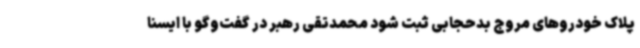
پلاک خودروهای مروج بدحجابی ثبت شود محمدتقی رهبر در گفت‌وگو با ایسنا